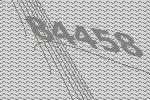
84458